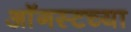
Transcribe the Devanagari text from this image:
आॅगस्टच्या